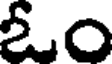
ఓం